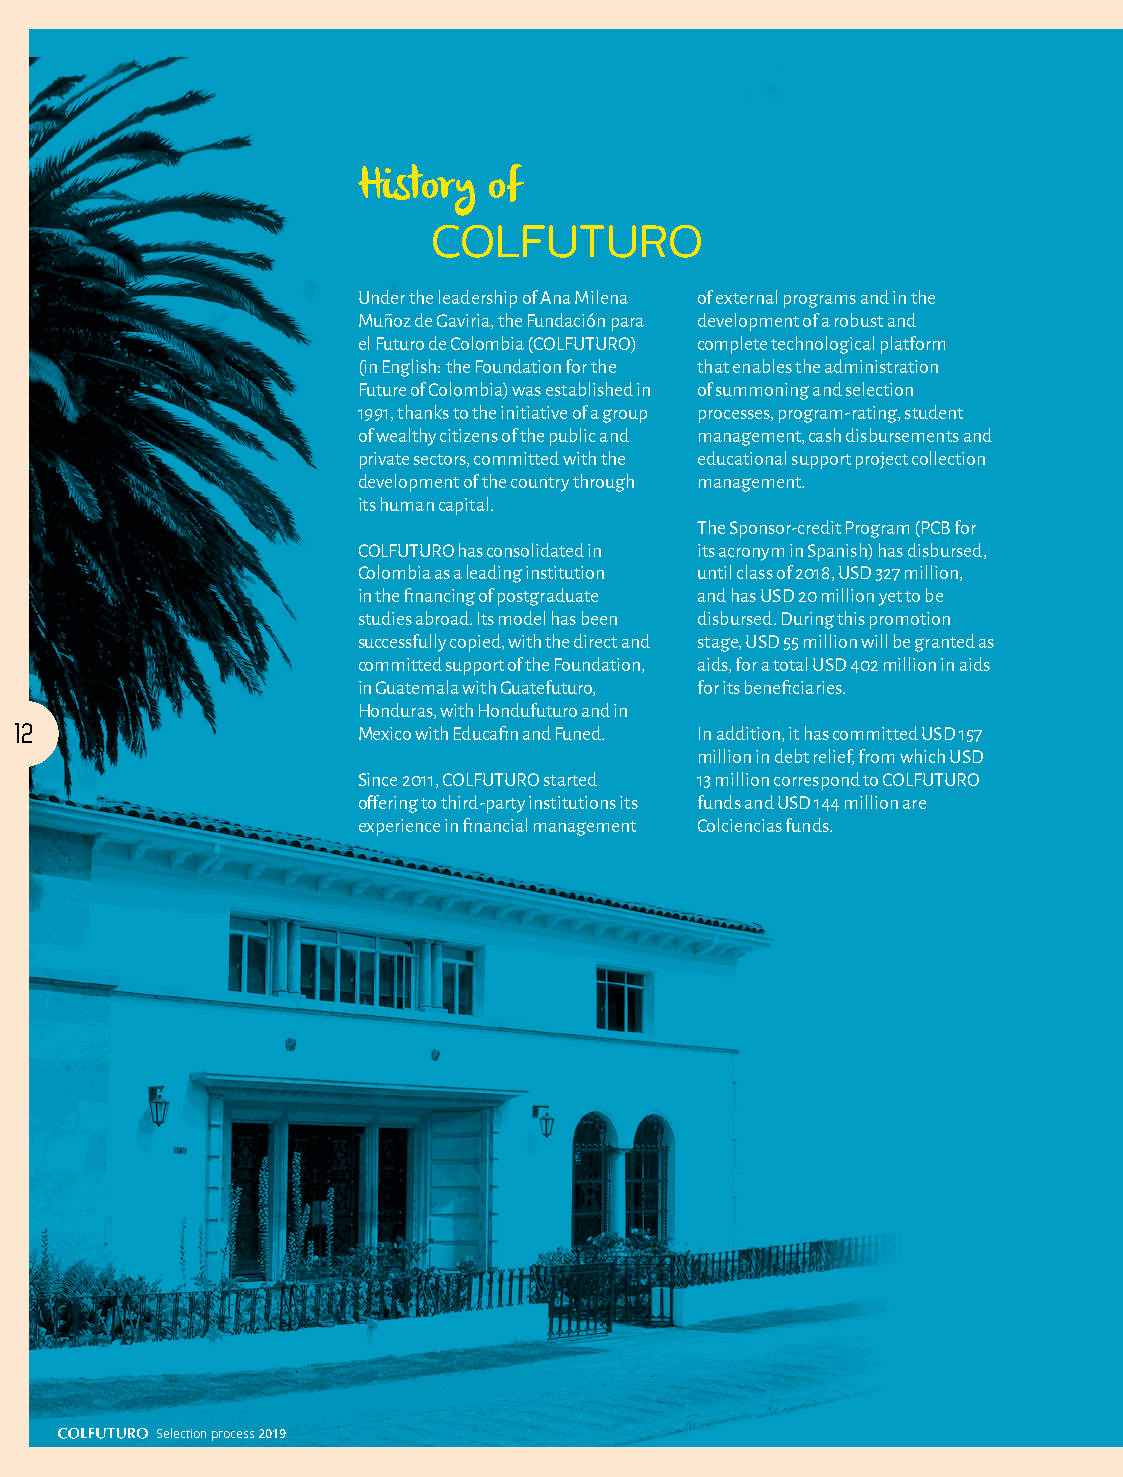
History of
 COLFUTURO
 Under the leadership of Ana Milena of external programs and in the
 Muñoz de Gaviria, the Fundación para development of a robust and
 el Futuro de Colombia (COLFUTURO) complete technological platform
 (in English: the Foundation for the that enables the administration
 Future of Colombia) was established in of summoning and selection
 1991, thanks to the initiative of a group processes, program-rating, student
 of wealthy citizens of the public and management, cash disbursements and
 private sectors, committed with the educational support project collection
 development of the country through management.
 its human capital.
 The Sponsor-credit Program (PCB for
 COLFUTURO has consolidated in its acronym in Spanish) has disbursed,
 Colombia as a leading institution until class of 2018, USD 327 million,
 in the financing of postgraduate and has USD 20 million yet to be
 studies abroad. Its model has been disbursed. During this promotion
 successfully copied, with the direct and stage, USD 55 million will be granted as
 committed support of the Foundation, aids, for a total USD 402 million in aids
 in Guatemala with Guatefuturo, for its beneficiaries.
 Honduras, with Hondufuturo and in
 12                     Mexico with Educafin and Funed. In addition, it has committed USD 157
 million in debt relief, from which USD
 Since 2011, COLFUTURO started 13 million correspond to COLFUTURO
 offering to third-party institutions its funds and USD 144 million are
 experience in financial management Colciencias funds.
 Selection process 2019